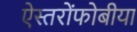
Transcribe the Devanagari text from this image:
ऐस्तरोंफोबीया